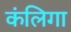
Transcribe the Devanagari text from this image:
कंलिगा